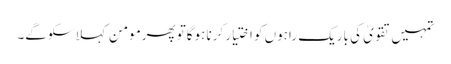
تمہیں تقویٰ کی باریک راہوں کو اختیار کرنا ہوگاتو پھرمومن کہلا سکوگے۔